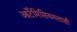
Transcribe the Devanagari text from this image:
आर्टेमिसियमलाही